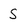
Character: S